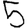
Digit: 5